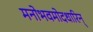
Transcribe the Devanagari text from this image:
मनोभवमोदधारिन्